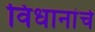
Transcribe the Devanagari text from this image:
विधानांचे